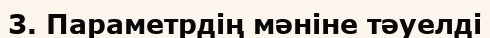
3. Параметрдің мәніне тәуелді